system: You are a helpful assistant.
user:
Analyze the provided spectrum to determine if it is a **"Cataclysmic Variables (CV)"**.

- **Key Indicators for CV (Check for either state):**
    - **State 1: Quiescent / Low-State (Emission-Dominated)**
        - **(Primary):** Strong and *very broad* Hydrogen Balmer emission lines (e.g., $H\alpha$ at 6563 Å, $H\beta$ at 4861 Å). The 'broadness' (high velocity dispersion, often FWHM > 1000 km/s) is the key diagnostic, indicating a high-velocity accretion disk.
        - **(Secondary):** Broad neutral Helium (He I) emission lines (e.g., 5876 Å, 6678 Å).
        - **(Key Confirmation):** Presence of high-excitation *ionized* Helium (He II) emission at 4686 Å. This is a strong indicator of accretion onto a white dwarf.
        - **(Line Profile):** Emission lines may exhibit a 'double-peaked' profile, which is a classic signature of a rotating accretion disk viewed at high inclination.

    - **State 2: Outburst / High-State (Absorption-Dominated)**
        - **(Primary):** Spectrum is dominated by a bright, blue continuum (looks like a hot star).
        - **(Secondary):** The emission lines from State 1 are weak, absent, or 'filled in', and are replaced by broad, shallow *absorption* lines (primarily Balmer and He I).
        - **(Morphology):** The overall spectrum mimics a hot B/A-type star. The crucial difference is that the absorption lines are significantly broader, shallower, and more 'washed-out' (or 'smeared') than the sharp lines of a normal stellar photosphere, due to high rotational speeds and pressure broadening in the disk.

Think first, call **spectral_visualization_tool** if needed to examine features in detail, then provide your final answer. Your response must adhere to the following strict rules:
1.  **Overall Structure:** Your response must follow the format `<think>...</think> <tool_call>...</tool_call> (if a tool is used) <answer>...</answer>`.
2.  **Tool Usage Constraint:** You may only make **one** tool call per turn.
3.  **Final Answer Format:** In the `<answer>` tag, your conclusion must be inside a `\boxed{}` command (e.g., `\boxed{YES}`), followed by your justification.

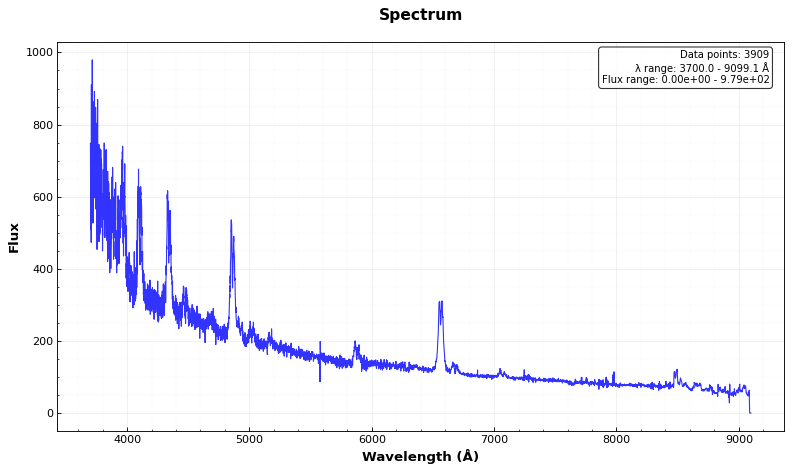
Answer: YES